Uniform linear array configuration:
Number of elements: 12
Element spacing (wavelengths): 0.75
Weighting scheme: blackman
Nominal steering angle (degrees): -45
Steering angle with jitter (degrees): -45.395
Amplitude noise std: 0.05
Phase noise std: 0.05

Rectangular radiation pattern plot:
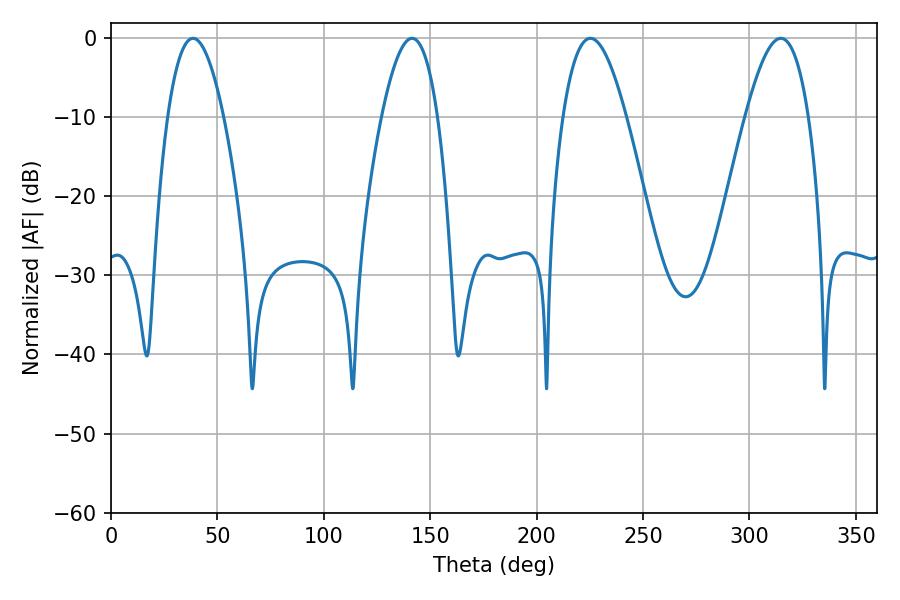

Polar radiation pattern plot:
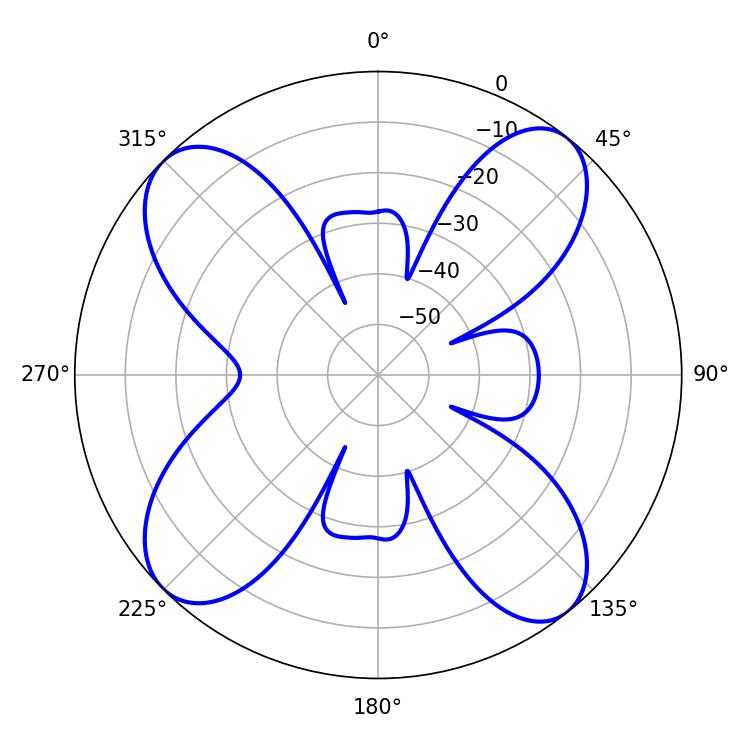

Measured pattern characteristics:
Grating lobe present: TRUE
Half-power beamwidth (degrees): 14.4
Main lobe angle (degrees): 38.52